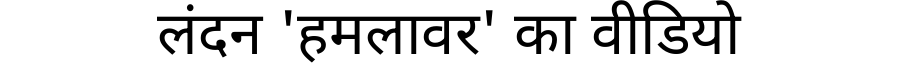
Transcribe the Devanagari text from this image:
लंदन 'हमलावर' का वीडियो